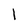
Character: l